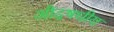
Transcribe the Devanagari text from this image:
औदषधीय